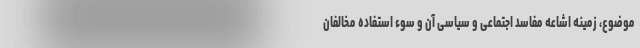
موضوع، زمینه اشاعه مفاسد اجتماعی و سیاسی آن و سوء استفاده مخالفان